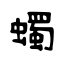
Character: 蠋